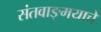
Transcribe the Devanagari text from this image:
संतवाङ्‌मयाचे